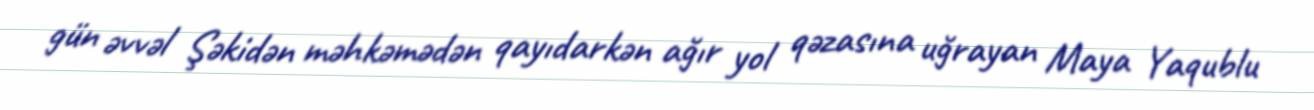
gün əvvəl Şəkidən məhkəmədən qayıdarkən ağır yol qəzasına uğrayan Maya Yaqublu